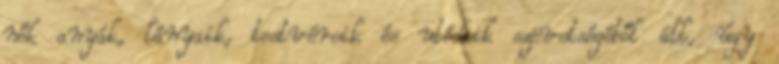
nők anyák, lányaik, testvéreik és utódaik szövetségéből áll, úgy